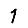
Digit: 1